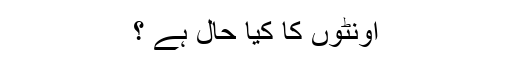
اونٹوں کا کیا حال ہے ؟